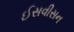
ઈસવીસન